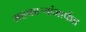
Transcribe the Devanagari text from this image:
सहकाऱ्यांमार्फत